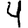
Digit: 4